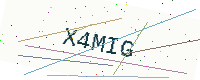
Text: X4MIG